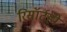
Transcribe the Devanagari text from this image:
रिसॉर्टही